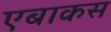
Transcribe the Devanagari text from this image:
एबाकस